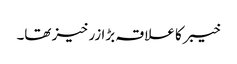
خیبر کا علاقہ بڑا زرخیز تھا۔